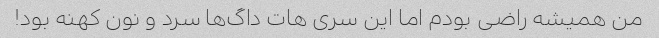
من همیشه راضی بودم اما این سری هات داگ‌ها سرد و نون کهنه بود!